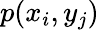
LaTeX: p(x_{i},y_{j})